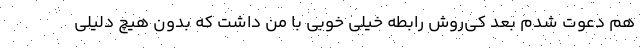
هم دعوت شدم بعد کی‌روش رابطه خیلی خوبی با من داشت که بدون هیچ دلیلی